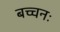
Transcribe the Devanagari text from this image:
बच्चनः